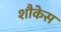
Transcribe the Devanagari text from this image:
शौकेस